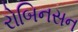
રોબિનસન